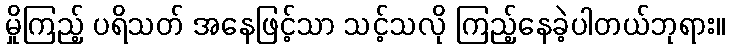
မှိုကြည့် ပရိသတ် အနေဖြင့်သာ သင့်သလို ကြည့်နေခဲ့ပါတယ်ဘုရား။